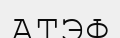
АТЭФ